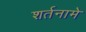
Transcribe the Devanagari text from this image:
शर्तनामे